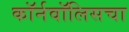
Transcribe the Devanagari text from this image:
कॉर्नवॉलिसचा